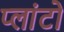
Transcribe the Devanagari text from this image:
प्‍लांटो